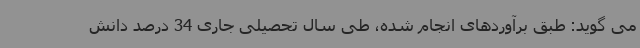
می گوید: طبق برآوردهای انجام شده، طی سال تحصیلی جاری 34 درصد دانش